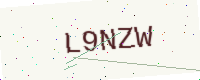
Text: L9NZW